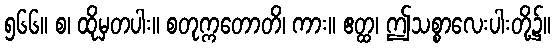
၅၆၆။ စ၊ ထိုမှတပါး။ စတုက္ကတောတိ၊ ကား။ ဧတ္ထ၊ ဤသစ္စာလေးပါးတို့၌။